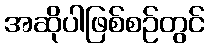
အဆိုပါဖြစ်စဉ်တွင်